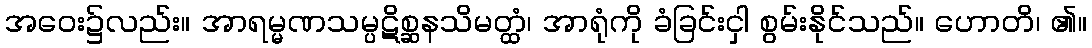
အဝေး၌လည်း။ အာရမ္မဏသမ္ပဋိစ္ဆနသိမတ္ထံ၊ အာရုံကို ခံခြင်းငှါ စွမ်းနိုင်သည်။ ဟောတိ၊ ၏။